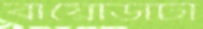
বায়োডাটা